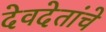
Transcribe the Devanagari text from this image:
देवदेतांचे